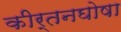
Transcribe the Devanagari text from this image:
कीर्तनघोषा